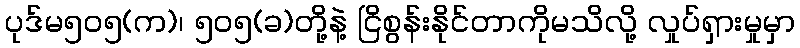
ပုဒ်မ၅၀၅(က)၊ ၅၀၅(ခ)တို့နဲ့ ငြိစွန်းနိုင်တာကိုမသိလို့ လှုပ်ရှားမှုမှာ